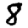
Digit: 8